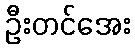
ဦးတင်အေး